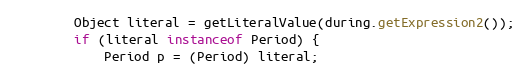
Language: Java
		Object literal = getLiteralValue(during.getExpression2());
		if (literal instanceof Period) {
			Period p = (Period) literal;